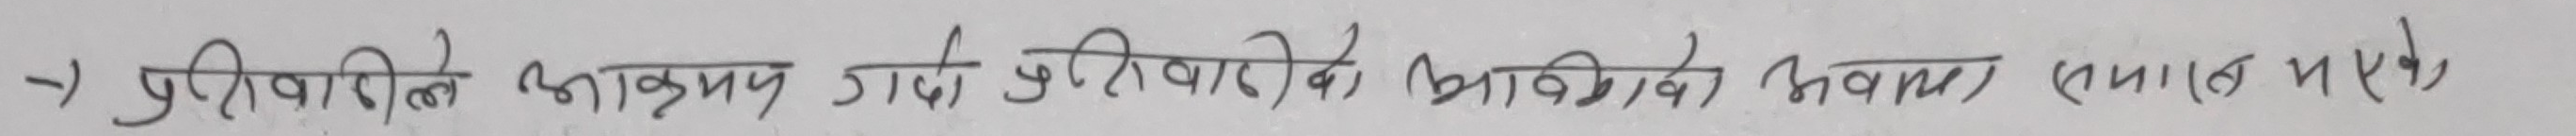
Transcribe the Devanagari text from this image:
पुर्वाधारको आक्रम गर्दा पुर्वाधारकै भावन (स्यानुम परे)